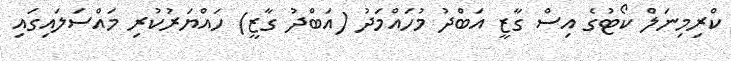
ކްރިމިނަލް ކޯޓުގެ އިސް ގާޒީ އަބްދު މުހައްމަދު (އަބްދު ގާޒީ) ހައްޔަރުކުރި މައްސަލައިގައި